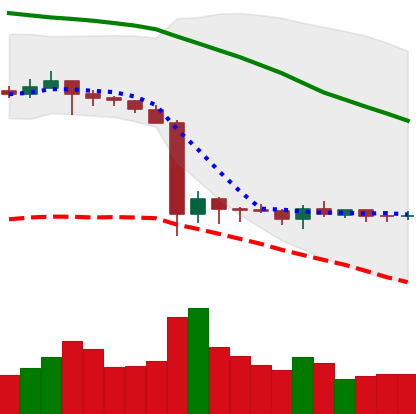
Ticker: ETC-USD
Chart end date: 2019-10-05
Forward return: 5.067%
Label: up_5_7